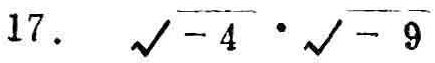
17. $\sqrt{-4} \cdot \sqrt{-9}$